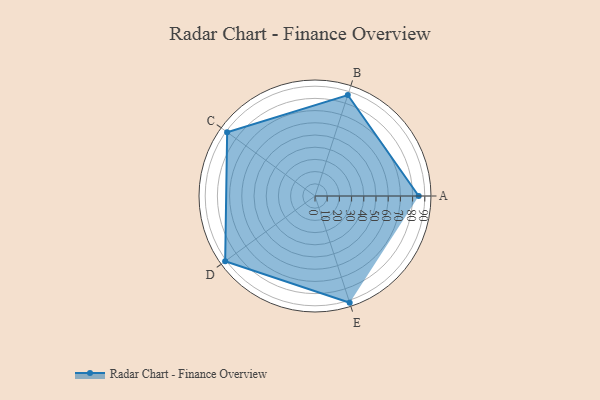
{"axis": {"x": "Skill", "y": "Score"}, "legend": ["Profile"], "data": [{"x": "A", "y": 85.0, "type": "Profile"}, {"x": "B", "y": 87.0, "type": "Profile"}, {"x": "C", "y": 89.0, "type": "Profile"}, {"x": "D", "y": 91.0, "type": "Profile"}, {"x": "E", "y": 92.0, "type": "Profile"}]}